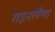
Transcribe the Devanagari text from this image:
राइनलैंण्ड